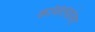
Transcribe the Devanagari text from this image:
कवितेसोबत